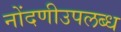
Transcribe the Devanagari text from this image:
नोंदणीउपलब्ध